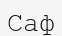
Саф